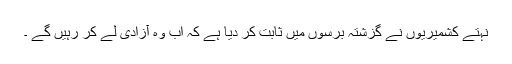
نہتے کشمیریوں نے گزشتہ برسوں میں ثابت کر دیا ہے کہ اب وہ آزادی لے کر رہیں گے ۔